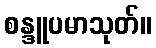
စန္ဒူပမာသုတ်။